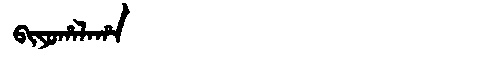
Manchu: ᠪᡳᠶᠣᡥᠠᠯᠠᡥᠠ
Romanization: BIYOHALAHA